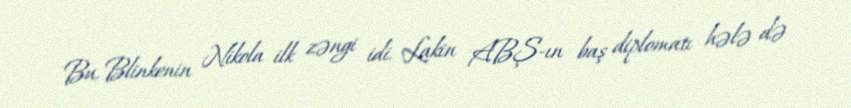
Bu, Blinkenin Nikola ilk zəngi idi. Lakin ABŞ-ın baş diplomatı hələ də